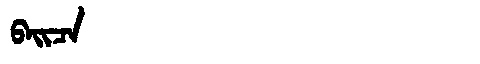
Manchu: ᠪᠠᡳᠴᠠ
Romanization: BAICA